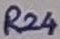
Text: R24